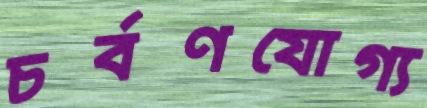
চর্বণযোগ্য